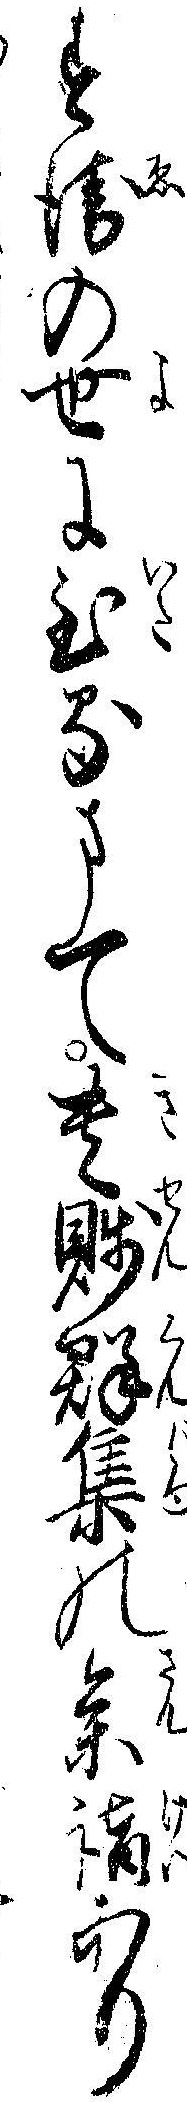
す衛の世に至るまて貴賎群集の参詣あり